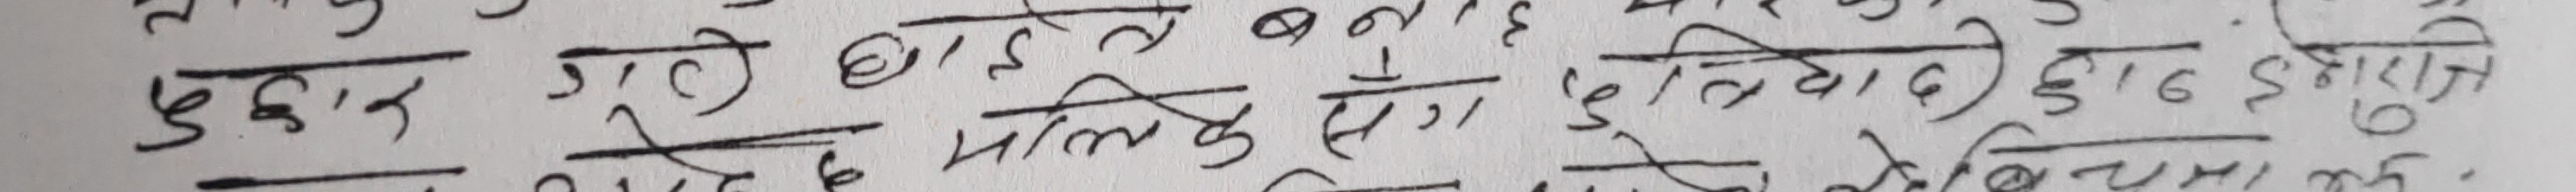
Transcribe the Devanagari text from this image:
पुछार गए बाइते बना हे त्रवादी २ इजराजी